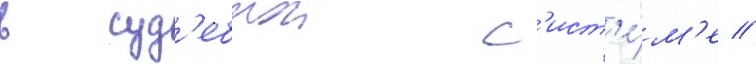
в суд'ебнои с'ист'е́м'е //